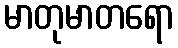
မာတုမာတရော